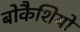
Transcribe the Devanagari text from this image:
बोकैशियो